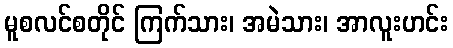
မူစလင်စတိုင် ကြက်သား၊ အမဲသား၊ အာလူးဟင်း